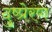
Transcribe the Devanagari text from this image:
दुष्प्रेरण